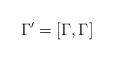
LaTeX: \begin{align*}\Gamma' = [\Gamma,\Gamma]\end{align*}